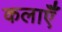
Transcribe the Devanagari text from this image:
कलाऍँ